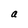
Character: a